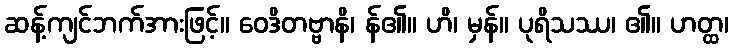
ဆန့်ကျင်ဘက်အားဖြင့်။ ဝေဒိတဗ္ဗာနိ၊ န်၏။ ဟိ၊ မှန်။ ပုရိသဿ၊ ၏။ ဟတ္ထ၊